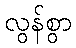
လွန်စွာ